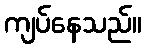
ကျပ်နေသည်။